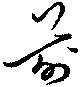
前